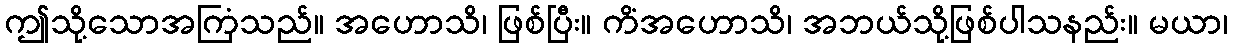
ဤသို့သောအကြံသည်။ အဟောသိ၊ ဖြစ်ပြီး။ ကိံအဟောသိ၊ အဘယ်သို့ဖြစ်ပါသနည်း။ မယာ၊